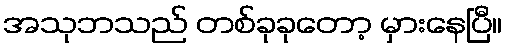
အသုဘသည် တစ်ခုခုတော့ မှားနေပြီ။